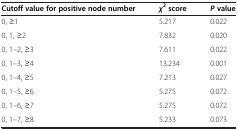
<table><thead><tr><td><b>Cutoff value for positive node number</b></td><td><b><i>χ</i><sup>2</sup>score</b></td><td><b><i>P</i> value</b></td></tr></thead><tbody><tr><td>0, ≥1</td><td>5.217</td><td>0.022</td></tr><tr><td>0, 1, ≥2</td><td>7.832</td><td>0.020</td></tr><tr><td>0, 1–2, ≥3</td><td>7.611</td><td>0.022</td></tr><tr><td>0, 1–3, ≥4</td><td>13.234</td><td>0.001</td></tr><tr><td>0, 1–4, ≥5</td><td>7.213</td><td>0.027</td></tr><tr><td>0, 1–5, ≥6</td><td>5.275</td><td>0.072</td></tr><tr><td>0, 1–6, ≥7</td><td>5.275</td><td>0.072</td></tr><tr><td>0, 1–7, ≥8</td><td>5.233</td><td>0.073</td></tr></tbody></table>